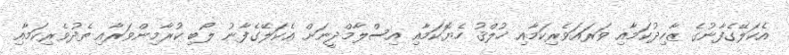
އެކަލޭގެފާނުގެ ޒާހިދުކަމާއި ވަރައަވެރިކަމާއި ޚުލްޤު ހެޔޮކަމާއި އިސްލާމްދީނަށް އެކަލޭގެފާނު ލޯބި ކުރާމިންވަރާއި ތެދުވެރިކަމާއި